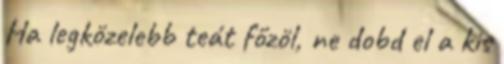
Ha legközelebb teát főzöl, ne dobd el a kis